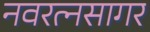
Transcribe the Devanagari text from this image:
नवरत्नसागर